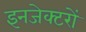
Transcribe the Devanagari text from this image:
इनजेक्टरों